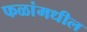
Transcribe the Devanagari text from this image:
फळांमधील